Indian journal of veterinary science and animal husbandry - Volumes 26-27, 1956-1957
Year: 1956
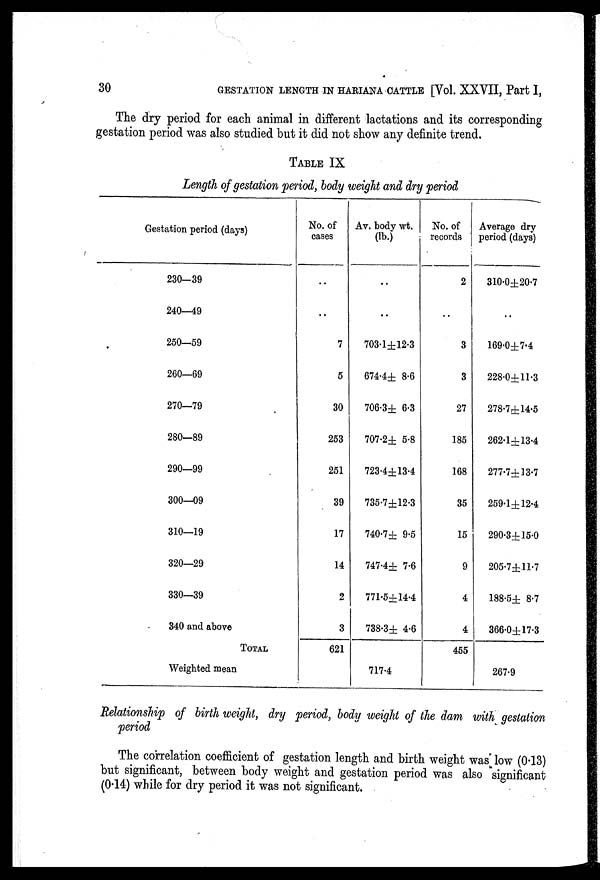
30
GESTATION LENGTH IN HARIANA CATTLE [Vol. XXVII, Part I,
The dry period for each animal in different lactations and its corresponding
gestation period was also studied but it did not show any definite trend.
TABLE IX
Length of gestation period, body weight and dry period
Gestation period (days)
230—39
240—49
250—59
260—69
270—79
280—89
290—99
300—09
310—19
320—29
330—39
340 and above
TOTAL
Weighted mean
No. of
cases
..
..
7
5
30
253
251
39
17
14
2
3
621
Av. body wt.
(lb.)
..
..
703.1±12.3
674.4± 8.6
706.3± 6.3
707.2± 5.8
723.4±13.4
735.7±12.3
740.7± 9.5
747.4± 7.6
771.5±14.4
738.3± 4.6
717.4
No. of
records
2
..
3
3
27
185
168
35
15
9
4
4
455
Average dry.
period (days)
310.0±20.7
..
169.0±7.4
228.0±11.3
278.7.±14.5
262.1±13.4
277.7±13.7
259.1±12.4
290.3±15.0
205.7±117
188.5± 8.7
366.0±17.3
267.9
Relationship of birth weight, dry period, body weight of the dam with gestation
period
The correlation coefficient of gestation length and birth weight was low (0.13)
but significant, between body weight and gestation period was also significant
(0.14) while for dry period it was not significant.